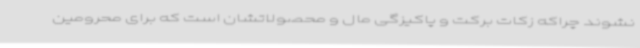
نشوند چراکه زکات برکت و پاکیزگی مال و محصولاتشان است که برای محرومین